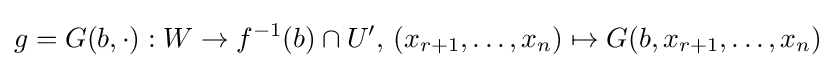
g=G(b,\cdot ):W\to f^{-1}(b)\cap U',\,(x_{r+1},\dots ,x_{n})\mapsto G(b,x_{r+1},\dots ,x_{n})